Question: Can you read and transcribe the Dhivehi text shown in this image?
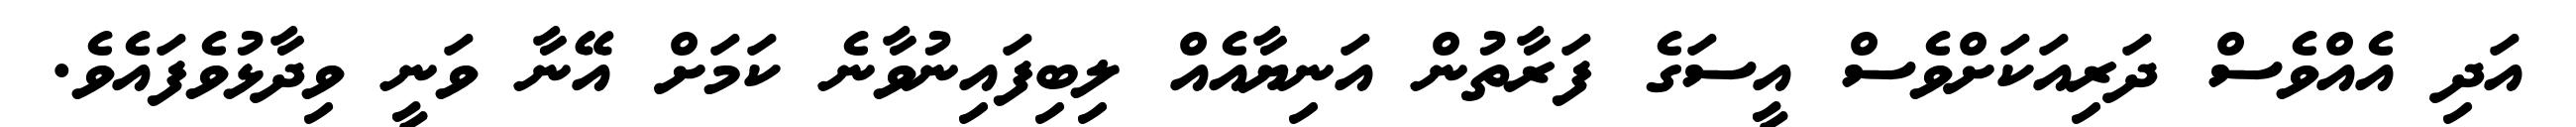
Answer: އަދި އެއްވެސް ދަރިއަކަށްވެސް އީސަގެ ފަރާތުން އަނިޔާއެއް ލިބިފައިނުވާނެ ކަމަށް އޭނާ ވަނީ ވިދާޅުވެފައެވެ.